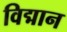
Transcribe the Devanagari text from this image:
विद्मान